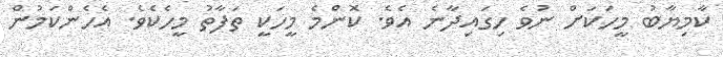
ކާމިޔާބު މީހަކަށް ނުވެ ހިގައިދާނެ އެވެ. ކޮންމެ މީހަކީ ތަފާތު މީހެކެވެ. އެހެންކަމުން